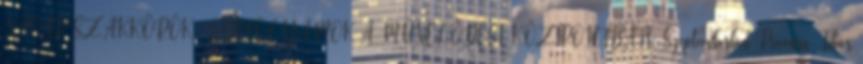
VÁSÁR SZAKKÖRÖK, TANFOLYAMOK A MÛVELÕDÉSI KÖZPONTBAN: Szeptemberben Prievara Tibor